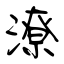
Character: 潦